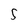
Character: 5